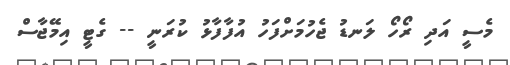
މެސީ އަދި ރޯހޯ ލަނޑު ޖެހުމަށްފަހު އުފާފާޅު ކުރަނީ -- ގެޓީ އިމޭޖާސް